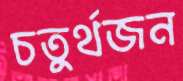
চতুর্থজন